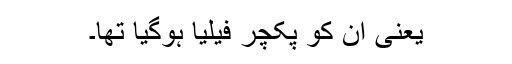
یعنی ان کو پکچر فیلیا ہوگیا تھا۔